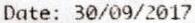
DATE: 30/09/2017